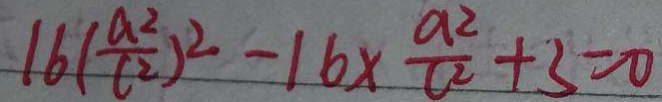
1 6 ( \frac { a ^ { 2 } } { c ^ { 2 } } ) ^ { 2 } - 1 6 \times \frac { a ^ { 2 } } { c ^ { 2 } } + 3 = 0